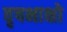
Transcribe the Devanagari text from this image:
वृषभाक्षो